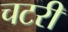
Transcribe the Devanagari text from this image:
चटरी